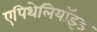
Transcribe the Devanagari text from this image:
एपिथेलियॉइड